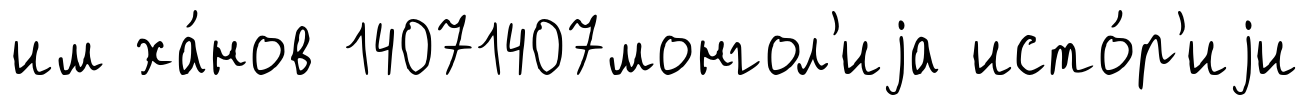
им ха́нов 14071407монгол'иjа исто́р'иjи